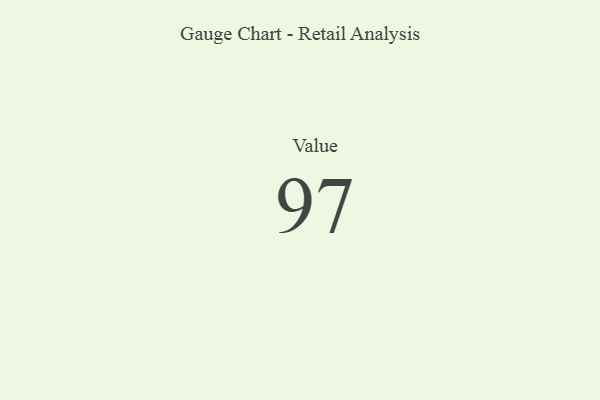
{"axis": {"x": "Metric", "y": "Value"}, "legend": [""], "data": [{"x": "Value", "y": 97, "type": ""}]}